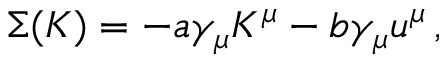
\Sigma ( K ) = - a \gamma _ { \mu } K ^ { \mu } - b \gamma _ { \mu } u ^ { \mu } \, ,